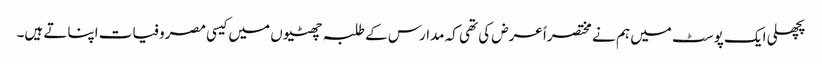
پچھلی ایک پوسٹ میں ہم نے مختصراً عرض کی تھی کہ مدارس کے طلبہ چھٹیوں میں کیسی مصروفیات اپناتے ہیں۔